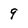
Character: 9